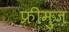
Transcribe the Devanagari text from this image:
फ्रीमुज़